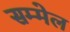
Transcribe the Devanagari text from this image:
सम्मेल